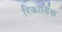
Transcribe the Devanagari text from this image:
रिकॉर्डिस